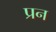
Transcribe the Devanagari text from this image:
प्रन